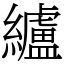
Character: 纑